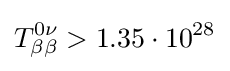
T_{\beta \beta }^{0\nu }>1.35\cdot 10^{28}